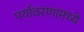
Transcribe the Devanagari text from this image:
पर्यावरणामध्ये